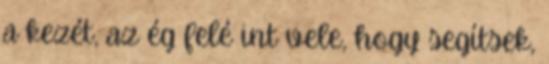
a kezét, az ég felé int vele, hogy segítsek,